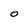
Character: O